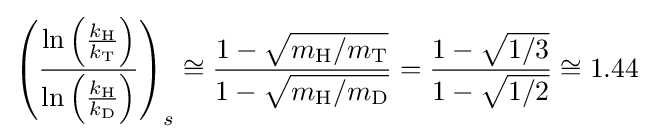
\left({\frac {\ln \left({\frac {k_{{\ce {H}}}}{k_{{\ce {T}}}}}\right)}{\ln \left({\frac {k_{{\ce {H}}}}{k_{{\ce {D}}}}}\right)}}\right)_{s}\cong {\frac {1-{\sqrt {m_{{\ce {H}}}/m_{{\ce {T}}}}}}{1-{\sqrt {m_{{\ce {H}}}/m_{{\ce {D}}}}}}}={\frac {1-{\sqrt {1/3}}}{1-{\sqrt {1/2}}}}\cong 1.44